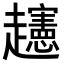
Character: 𧾨